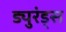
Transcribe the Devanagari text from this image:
ड्युरंड्स